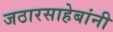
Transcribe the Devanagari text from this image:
जठारसाहेबांनी